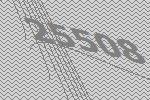
25508